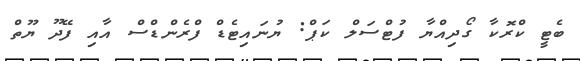
ބެޓީ ކްރޮކާ ގޯދިއްޔާ ފުޓްސަލް ކަޕް: ޔުނައިޓެޑް ފްރެންޑްސް އާއި ފޭދޫ ޔޫތް